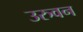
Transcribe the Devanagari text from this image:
उरुवन